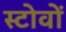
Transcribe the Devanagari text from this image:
स्टोवों